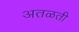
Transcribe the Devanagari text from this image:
अतळती